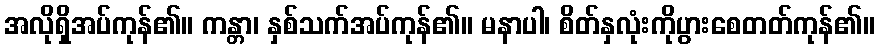
အလိုရှိအပ်ကုန်၏။ ကန္တာ၊ နှစ်သက်အပ်ကုန်၏။ မနာပါ၊ စိတ်နှလုံးကိုပွားစေတတ်ကုန်၏။